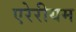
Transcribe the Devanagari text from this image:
एरेरीयम